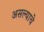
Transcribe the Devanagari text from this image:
असल्‍याचे